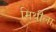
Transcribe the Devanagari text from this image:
मिथीला